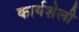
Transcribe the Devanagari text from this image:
कार्यशेली